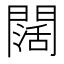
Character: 闊